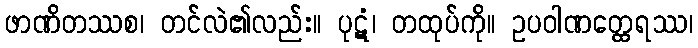
ဖာဏိတဿစ၊ တင်လဲ၏လည်း။ ပုဋံ၊ တထုပ်ကို။ ဥပဝါဏတ္ထေရဿ၊